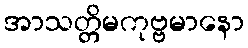
အာသတ္တိမကုဗ္ဗမာနော